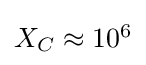
{\textstyle X_{C}\approx 10^{6}}